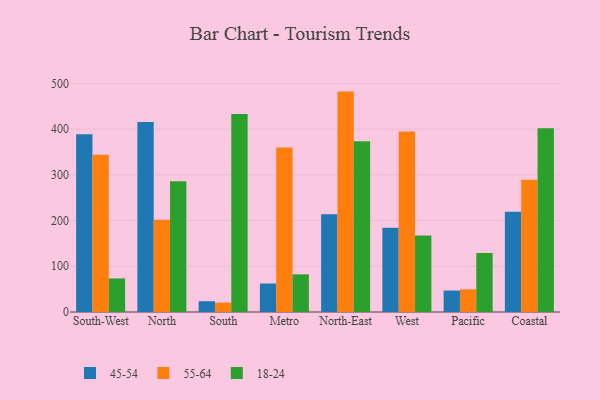
{"axis": {"x": "Region", "y": "Page Views"}, "legend": ["18-24", "45-54", "55-64"], "data": [{"x": "South-West", "y": 388.8, "type": "45-54"}, {"x": "South-West", "y": 343.6, "type": "55-64"}, {"x": "South-West", "y": 73.4, "type": "18-24"}, {"x": "North", "y": 415.7, "type": "45-54"}, {"x": "North", "y": 201.6, "type": "55-64"}, {"x": "North", "y": 285.7, "type": "18-24"}, {"x": "South", "y": 23.6, "type": "45-54"}, {"x": "South", "y": 20.4, "type": "55-64"}, {"x": "South", "y": 433.1, "type": "18-24"}, {"x": "Metro", "y": 62.3, "type": "45-54"}, {"x": "Metro", "y": 359.8, "type": "55-64"}, {"x": "Metro", "y": 82.3, "type": "18-24"}, {"x": "North-East", "y": 213.9, "type": "45-54"}, {"x": "North-East", "y": 481.9, "type": "55-64"}, {"x": "North-East", "y": 373.6, "type": "18-24"}, {"x": "West", "y": 184.4, "type": "45-54"}, {"x": "West", "y": 394.5, "type": "55-64"}, {"x": "West", "y": 167.3, "type": "18-24"}, {"x": "Pacific", "y": 46.9, "type": "45-54"}, {"x": "Pacific", "y": 49.6, "type": "55-64"}, {"x": "Pacific", "y": 129.1, "type": "18-24"}, {"x": "Coastal", "y": 219.0, "type": "45-54"}, {"x": "Coastal", "y": 289.2, "type": "55-64"}, {"x": "Coastal", "y": 401.5, "type": "18-24"}]}